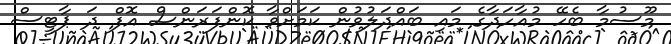
މޫސުމާ ބެހޭ މުއާހަދާގެ މައި ބައްދަލުވުން ކަމަށްވާ ކޮންފަރަންސް އޮފް ދަ ޕާޓީސް